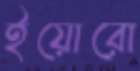
ইয়োরো